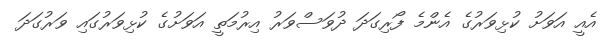
އެއީ އަވަށު ކުޅިވަރުގެ އެންމެ ފޯރިގަދަ ދުވަސްވަރު އިރުމަތީ އަވަށުގެ ކުޅިވަރުގައި ވަރުގަދަ